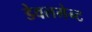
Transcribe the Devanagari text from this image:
डेवलमेन्ट